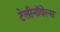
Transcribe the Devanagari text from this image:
टेलीनॉवेल्स